Vaccination in Bombay 1913-1923 - 1913-1923
Year: 1913
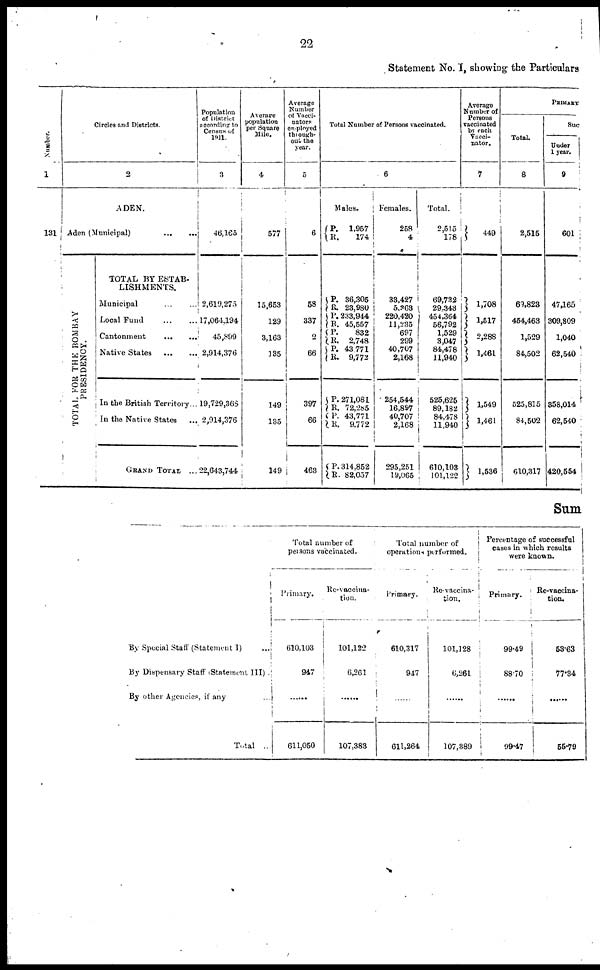
22
Statement No. I, showing the Particulars
Number.
1
131
Circles and Districts.
2
ADEN.
Aden (Municipal)
...
...
TOTAL FOR THE BOMBAY
PRESIDENCY.
TOTAL BY ESTAB-
LISHMENTS.
Municipal ... ...
Local Fund
...
...
Cantonment
...
...
Native States
...
...
In the British Territory...
In the Native States ...
GRAND TOTAL ...
Population
of District
according to
Census of
1911.
3
46,165
2,619,275
17,064,194
45,899
2,914,376
19,729,368
2,914,376
22,643,744
Average
population
per Square
Mile.
4
577
15,653
129
3,163
135
149
135
149
Average
Number
of Vacci-
nators
employed
through-
out the
year.
5
6
58
337
2
66
397
66
463
Total Number of Persons vaccinated.
6
Males.
P.
R.
P.
R.
P.
R.
P.
R.
P.
R.
P.
R.
P.
R.
P.
R.
1,957
174
36,305
23,980
233,944
45,557
832
2,748
43,771
9,772
271,081
72,285
43,771
9,772
314,852
82,057
Females.
258
4
33,427
5,363
220,420
11,235
697
299
40,707
2,168
254,544
16,897
40,707
2,168
295,251
19,065
Total.
2,515
178
69,732
29,343
454,364
56,792
1,529
3,047
84,478
11,940
525,625
89,182
84,478
11,940
610,103
101,122
Average
Number of
Persons
vaccinated
by each
Vacci-
nator.
7
449
1,708
1,517
2,288
1,461
1,549
1,461
1,536
PRIMARY
Total.
8
2,515
69,823
454,463
1,529
84,502
525,815
84,502
610,317
Suc
Under
1 year.
9
601
47,165
309,809
1,040
62,540
358,014
62,540
420,554
Sum
By Special Staff (Statement I)
...
By Dispensary Staff (Statement III) .
By other Agencies, if any ...
Total
...
Total number of
persons vaccinated.
Primary.
610,103
947
......
611,050
Re-vaccina-
tion.
101,122
6,261
......
107,383
Total number of
operations performed.
Primary.
610,317
947
......
611,264
Re-vaccina-
tion.
101,128
6,261
......
107,389
Percentage of successful
cases in which results
were known.
Primary.
99.49
88.70
......
99.47
Re-vaccina-
tion.
53.63
77.34
......
55.79